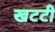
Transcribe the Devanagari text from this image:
खटटी